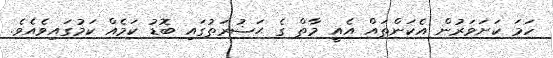
ހަމަ ކަށަވަރުން އެކަންތައް އެއީ މާތް ގެ ޙަޟުރަތުގައި ބޮޑު ކަމެއް ކަމުގައިވެއެވެ.